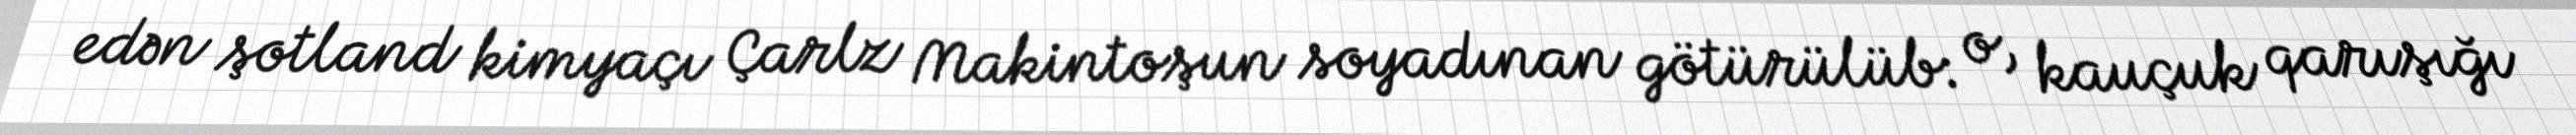
edən şotland kimyaçı Çarlz Makintoşun soyadınan götürülüb: o, kauçuk qarışığı